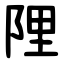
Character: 䧉